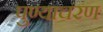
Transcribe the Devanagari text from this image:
पुण्याचरण